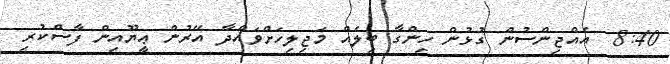
8:40  އެއްޖިންސުން ގުޅުން ހިންގާ ބިލެއް މަޖިލިހަށްވައްދާ އޭރުން ޢީޔޫއިން ފާސްކުރި